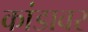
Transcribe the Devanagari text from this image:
कांडावर